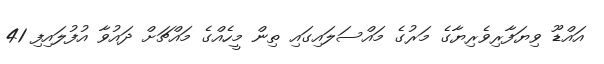
އައްޑޫ ވިޔަފާރިވެރިޔާގެ މަރުގެ މައްސަލައިގައި ތިން މީހެއްގެ މައްޗަށް ދައުވާ އުފުލައިފި 41